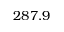
2 8 7 . 9